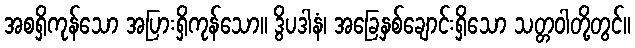
အစရှိကုန်သော အပြားရှိကုန်သော။ ဒွိပဒါနံ၊ အခြေနှစ်ချောင်းရှိသော သတ္တဝါတို့တွင်။